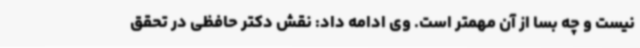
نیست و چه بسا از آن مهمتر است. وی ادامه داد: نقش دکتر حافظی در تحقق